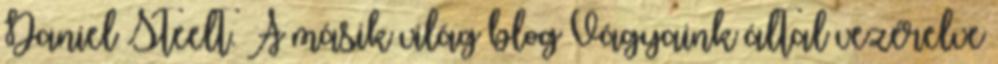
Daniel Steelt. A másik világ blog Vágyaink által vezérelve